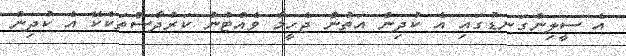
އެ ސީލިންގަނޑުގައި އެ ކުދިން އަތުން ޖެހީމާ ވެއްޓުނު ކަރުދާސްތަކެކޭ އެ ކުދިން